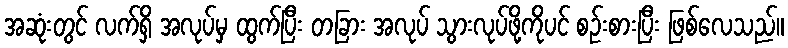
အဆုံးတွင် လက်ရှိ အလုပ်မှ ထွက်ပြီး တခြား အလုပ် သွားလုပ်ဖို့ကိုပင် စဉ်းစားပြီး ဖြစ်လေသည်။